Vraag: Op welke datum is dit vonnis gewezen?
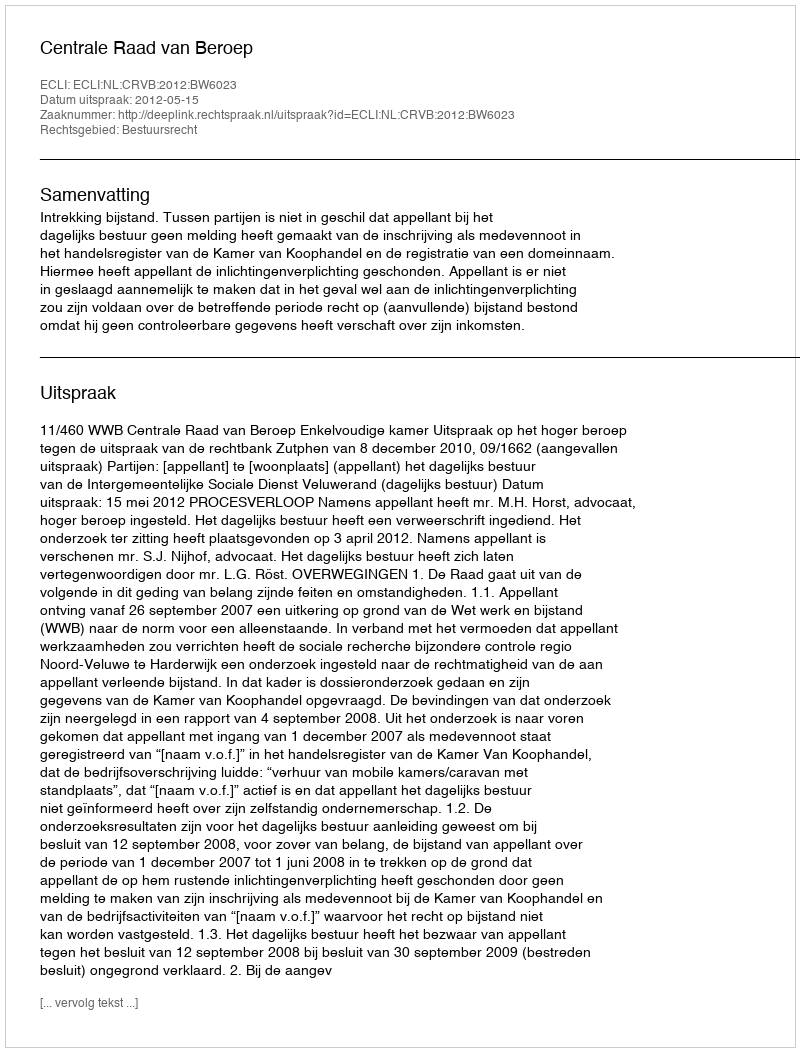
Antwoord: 2012-05-15